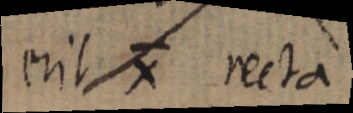
erit X recta